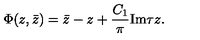
\Phi ( z , \bar { z } ) = \bar { z } - z + \frac { C _ { 1 } } { \pi } \mathrm { I m } \tau z .